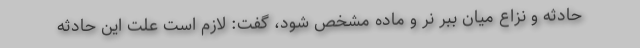
حادثه و نزاع میان ببر نر و ماده مشخص شود، گفت: لازم است علت این حادثه